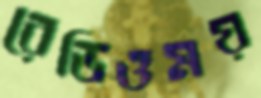
রেডিওময়